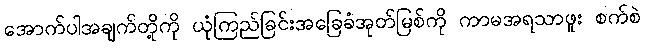
အောက်ပါအချက်တို့ကို ယုံကြည်ခြင်းအခြေခံအုတ်မြစ်ကို ကာမအရသာဖူး စက်စဲ